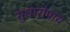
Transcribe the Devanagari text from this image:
सुधारोपाय